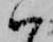
ハ